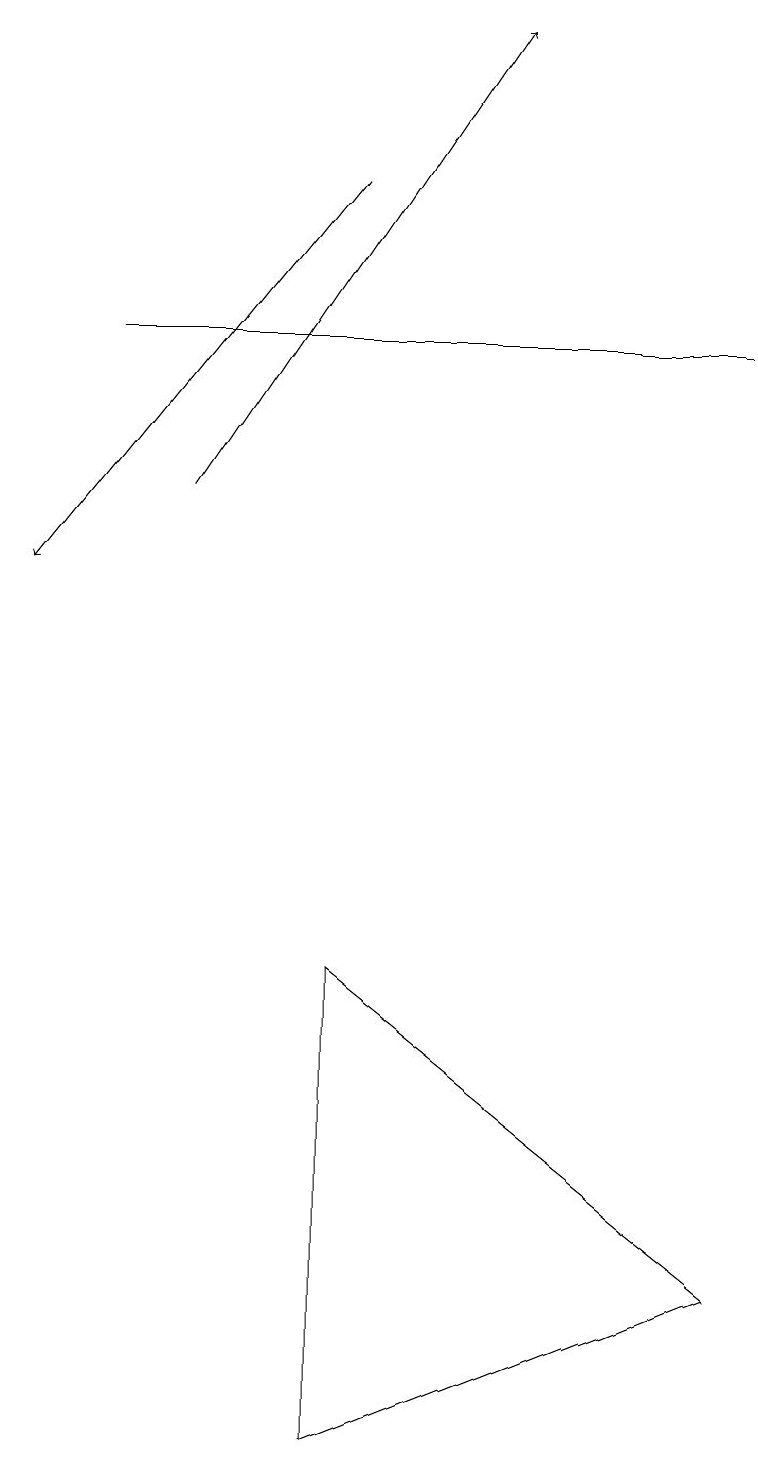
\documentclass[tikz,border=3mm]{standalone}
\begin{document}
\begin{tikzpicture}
\draw[->] (4,17) -- (0,12);
\draw (4,1) -- (4,7) -- (9,3) -- cycle;
\draw[->] (2,13) -- (6,19);
\draw (9,15) rectangle (1,15);
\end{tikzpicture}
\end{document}